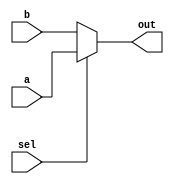


module mux8_2(a, b, sel, out);
	
	input[7:0] a,b; // a and b are 8 bits
	input sel;		// sel = select = 2 bits
	output[7:0] out; // out is 8 bits
	/*
	//A - a continuous assignment
	assign out = ({8{sel}} & a) | (~{8{sel}} & b); // out is a if sel=1 OR b if sel=0
	
	//B - inside an always block - with an if
	reg[7:0] outp_reg; // decalring out as reg because using an always block
	always@(sel,a,b) // as long as there is change in a/b/sel
	begin
		if (sel)
			outp_reg = a; // out_reg is a if sel=1 
		else
			outp_reg = b; // out_reg is b if sel=1 
	end
	assign out = outp_reg; // out(wire) gets the out_reg(that came from the always)
	
	//B - inside an always block - with a case
	reg[7:0] outp_reg; // decalring out as reg because using an always block
	always@(sel,a,b) // as long as there is change in a/b/sel
	begin
		case (sel) // depending on sel's value
			0: outp_reg = b; // if sel=0 then output b
			1: outp_reg = a; // if sel=1 then output a
		endcase
	end
	assign out = outp_reg; //out(wire) get the out_reg(that came from the always)
		*/

	//C - conditional assignment
	assign out = (sel) ? a : b; // out is a when sel=1 OR b when sel=0
	

endmodule